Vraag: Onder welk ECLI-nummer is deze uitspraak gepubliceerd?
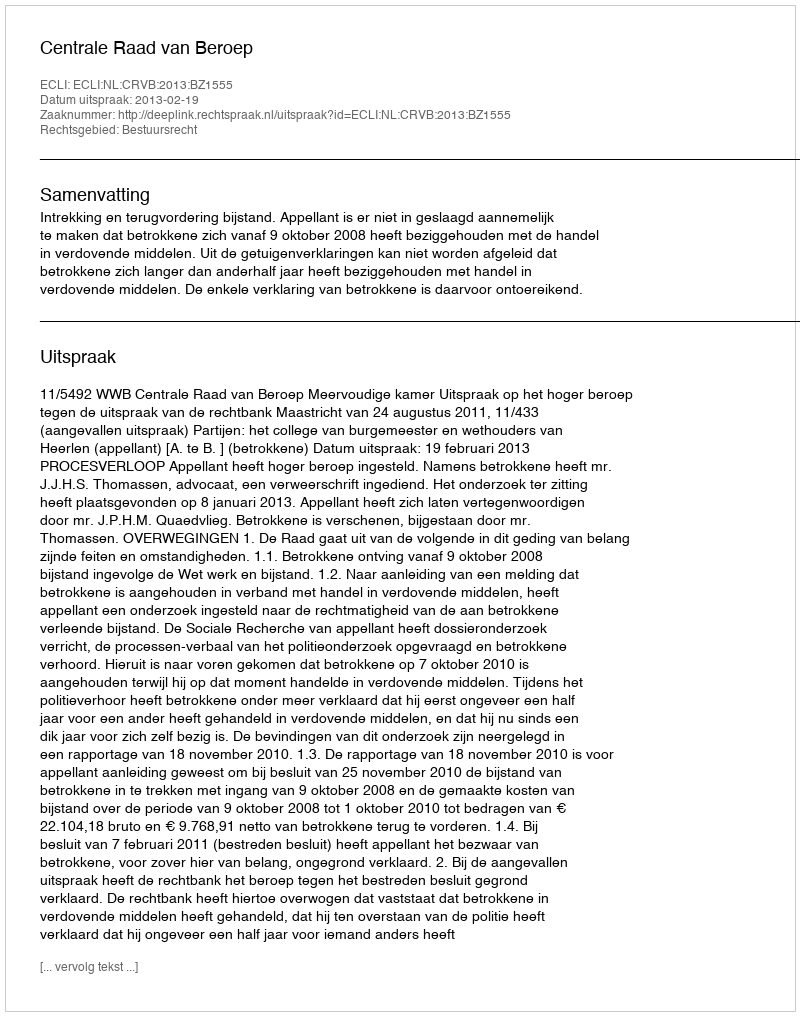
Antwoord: ECLI:NL:CRVB:2013:BZ1555